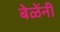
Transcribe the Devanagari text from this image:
बेळेंनी